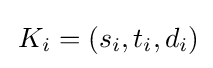
\,K_{i}=(s_{i},t_{i},d_{i})